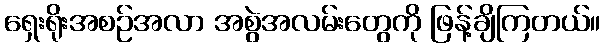
ရှေးရိုးအစဉ်အလာ အစွဲအလမ်းတွေကို ဖြန့်ချိကြတယ်။